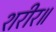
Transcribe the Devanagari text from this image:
शरीर॥